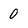
Character: 0